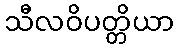
သီလဝိပတ္တိယာ